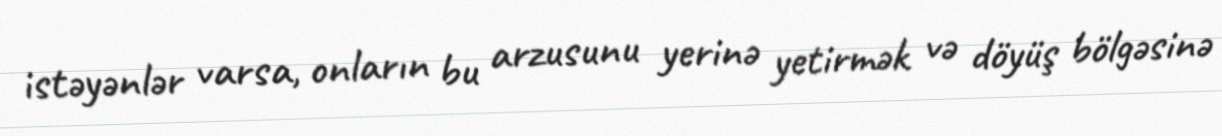
istəyənlər varsa, onların bu arzusunu yerinə yetirmək və döyüş bölgəsinə